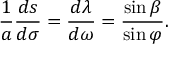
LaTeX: { \frac { 1 } { a } } { \frac { d s } { d \sigma } } = { \frac { d \lambda } { d \omega } } = { \frac { \sin \beta } { \sin \varphi } } .